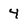
Character: 4